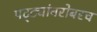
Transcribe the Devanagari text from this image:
पट्ट्यांबरोबरच